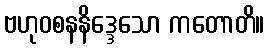
ဗဟုဝစနနိဒ္ဒေသော ကတောတိ။